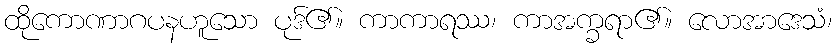
ထိုကောဏာဂပနဟူသော ပုဒ်၏။ ကာကာရဿ၊ ကာအက္ခရာ၏။ လောအာဒေသံ၊